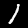
Label: 1